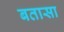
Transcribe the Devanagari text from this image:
बतासा